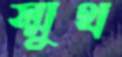
স্মুথ